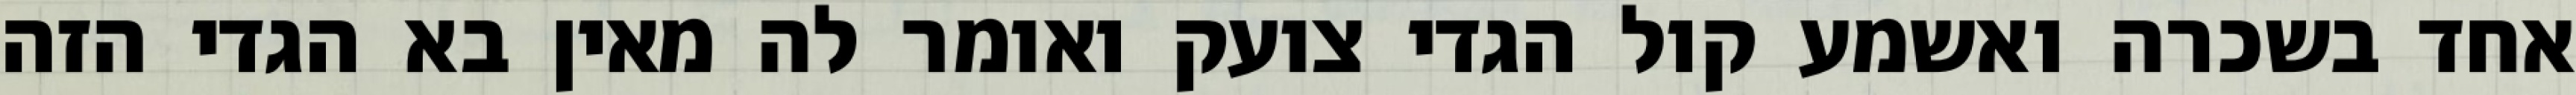
אחד בשכרה ואשמע קול הגדי צועק ואומר לה מאין בא הגדי הזה